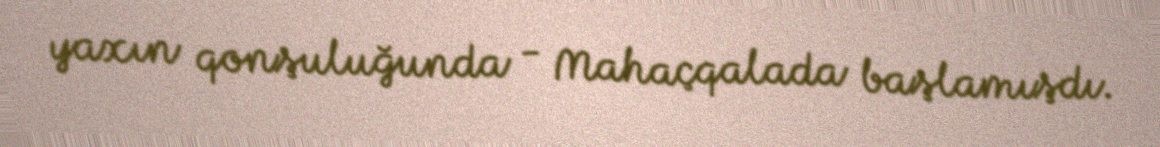
yaxın qonşuluğunda - Mahaçqalada başlamışdı.